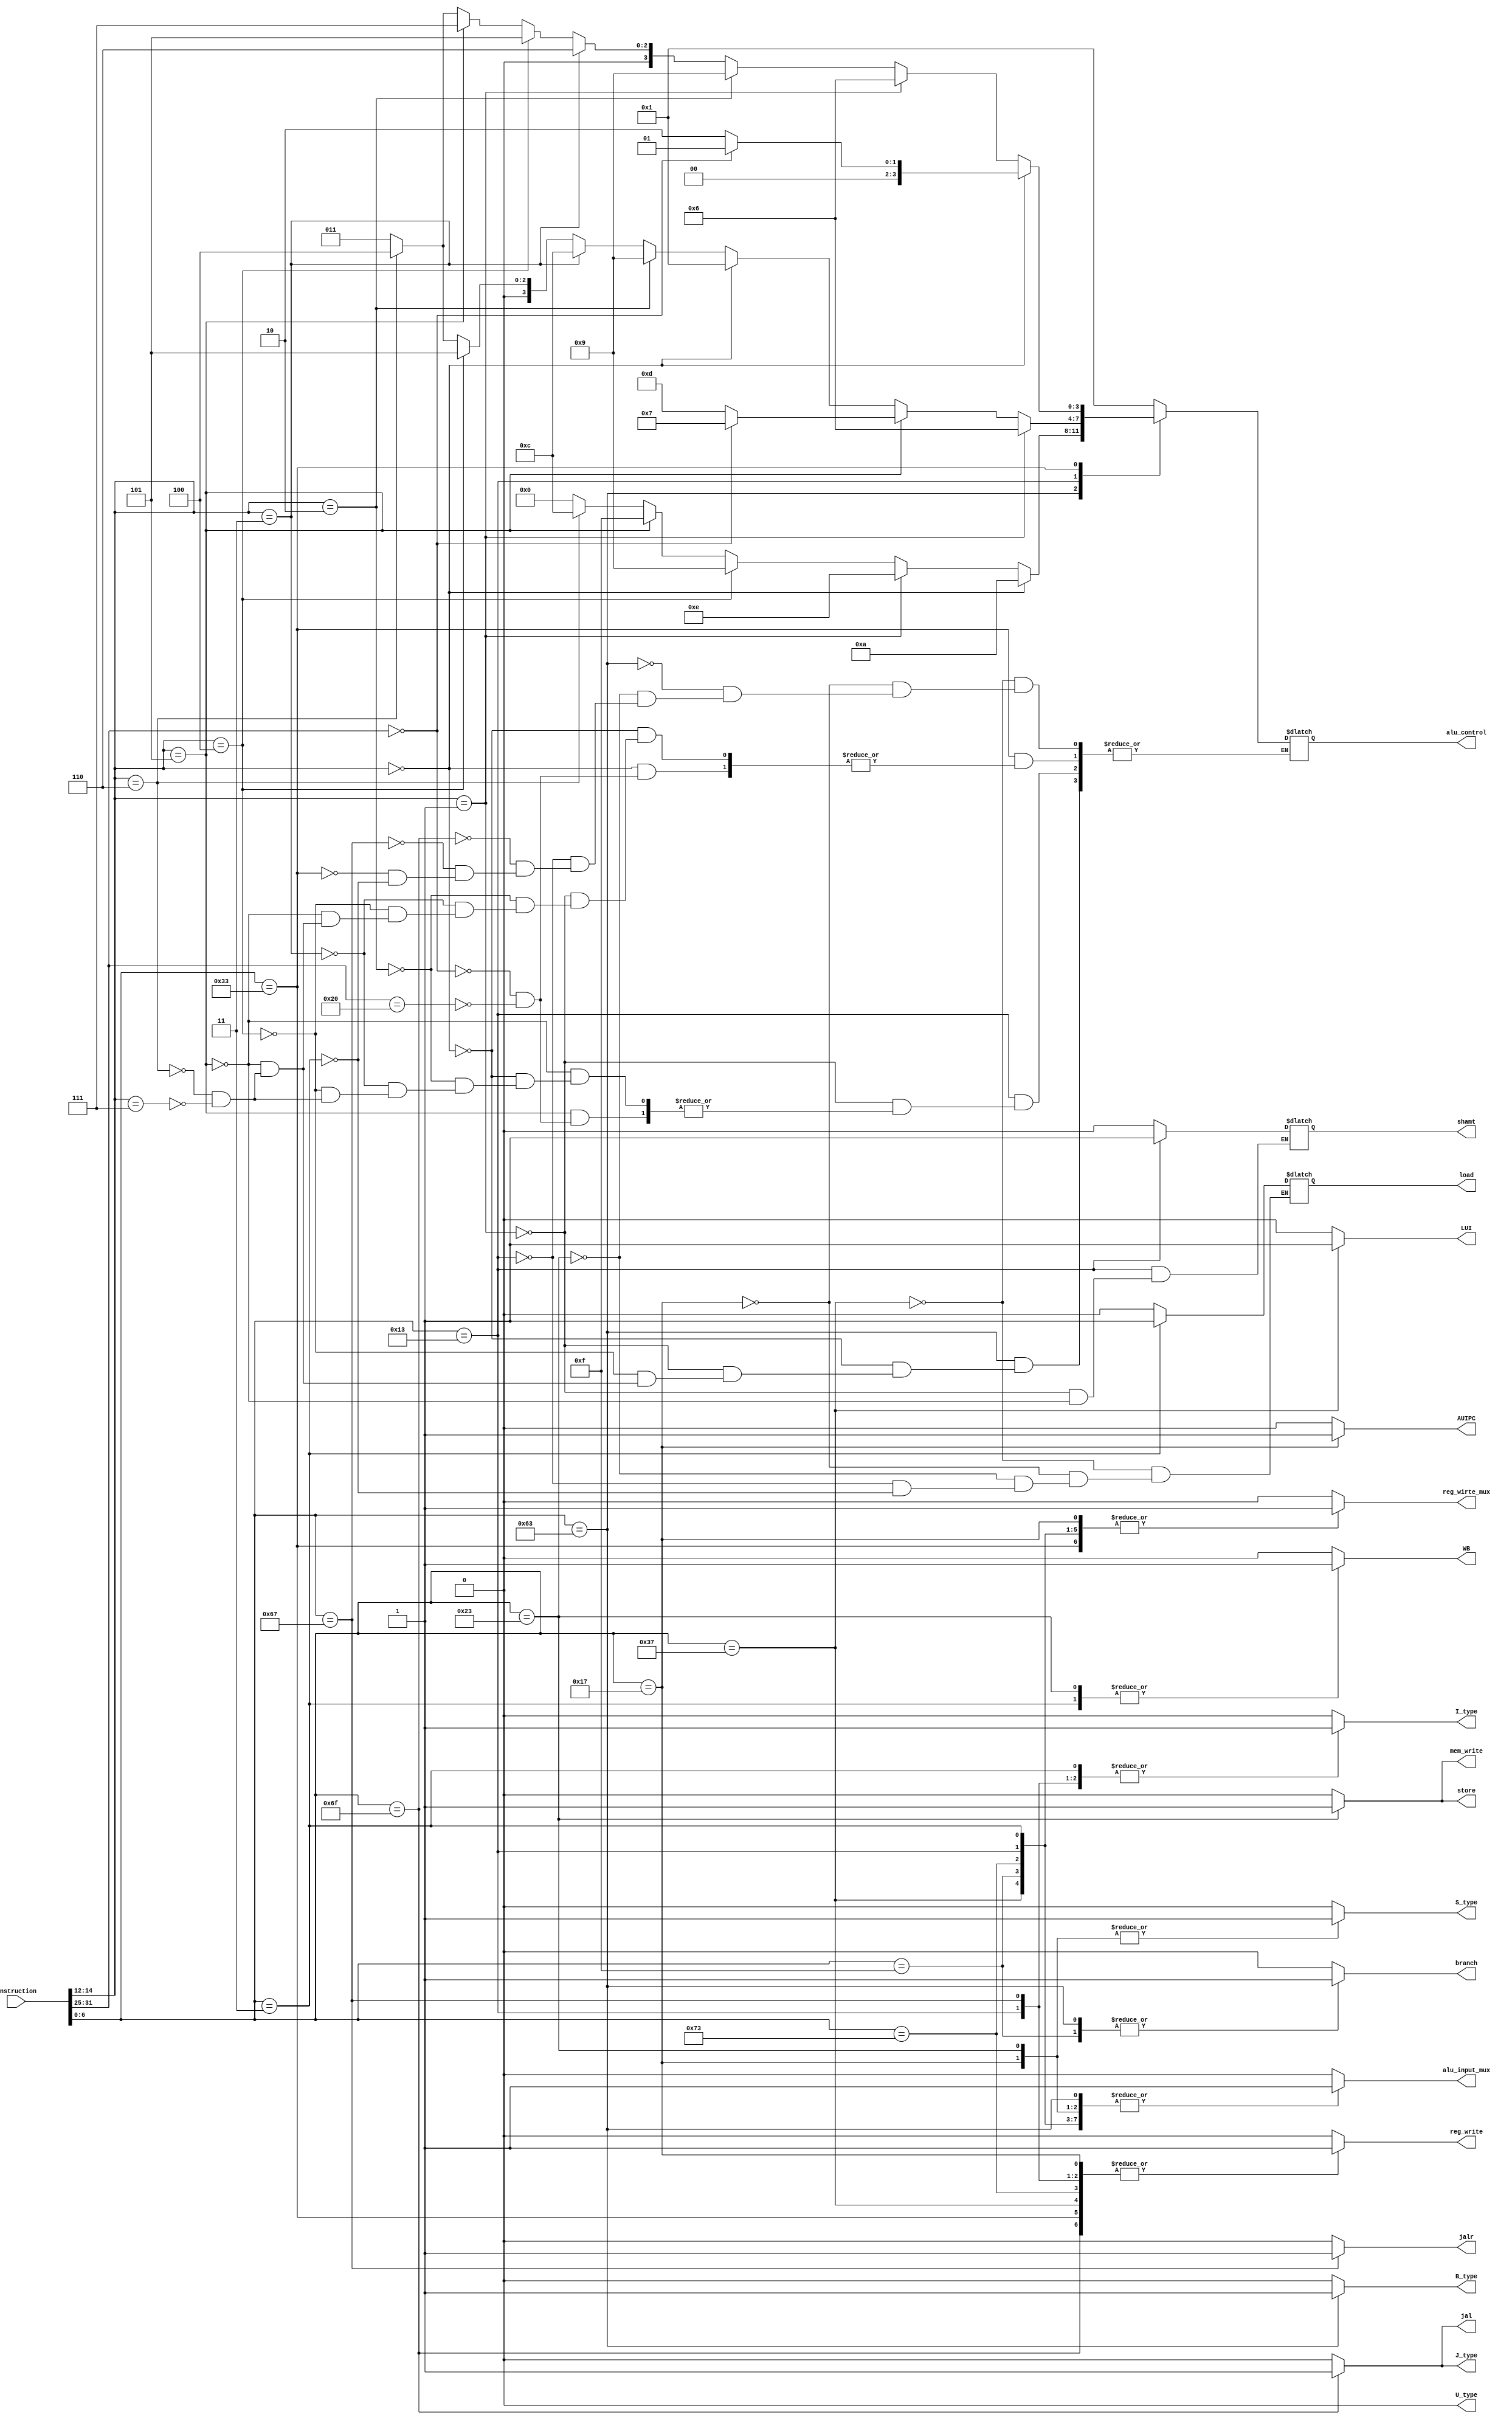
module cpu_control 
(
input [31:0] instruction,

output reg branch= 0,
output reg WB= 0,    // write back
output reg jal= 0,     //  jump  
output reg jalr= 0,
output reg reg_write= 0,    // register   
output reg reg_wirte_mux= 0,  // register  write      
output reg mem_write= 0,      // we 
output reg alu_input_mux= 0,   // alu   
output reg store= 0,
output reg load = 0,
//output reg useoffset = 0,
output reg I_type= 0,
output reg S_type= 0,
output reg B_type= 0,
output reg U_type= 0,
output reg J_type= 0,
output reg shamt = 0,
output reg LUI = 0,
output reg AUIPC = 0,


output reg[3:0] alu_control = 4'b0000

);

wire[6:0] opcode;
wire[6:0] funct7;
wire[2:0] funct3;  

// opcode 
localparam LUI_opcode = 7'b0110111 ;
localparam AUIPC_opcode = 7'b0010111 ;
localparam BRANCH = 7'b1100011 ;
localparam STORE = 7'b0100011 ;
localparam IMMADIATE = 7'b0010011;
localparam JAL = 7'b1101111 ;
localparam JALR = 7'b1100111 ;
localparam NEED2var = 7'b0110011 ;   // rd  
localparam LOAD = 7'b0000011 ;
localparam FENCE = 7'b0001111 ;
localparam CSR_group = 7'b1110011 ;


assign opcode = instruction [6:0] ;
assign funct7  = instruction [31:25] ;
assign funct3 = instruction [14:12] ; 

always @ (*) begin 

	case(opcode) 

		LUI_opcode : begin 
			branch<= 0;
			WB<= 0;    // write back
			jal<= 0;     //  jump  
			jalr<= 0;
			reg_write<= 1;    // register   
			reg_wirte_mux<= 1;  // register  write       for jal 
			mem_write<= 0;      // we 
			alu_input_mux<= 1;   // alu   
			store<= 0;
			load <= 0;
			//useoffset <= 0;
			I_type<= 0;
			S_type<= 0;
			B_type<= 0;
			U_type<= 0;
			J_type<= 0;
			shamt <= 0;
			LUI <= 1;
			AUIPC <= 0;
			
			
			alu_control <= 4'b0001;
		end 

		AUIPC_opcode : begin 
			branch<= 0;
			WB<= 0;    // write back
			jal<= 0;     //  jump  
			jalr<= 0;
			reg_write<= 1;    // register   
			reg_wirte_mux<= 1;  // register  write       for jal 
			mem_write<= 0;      // we 
			alu_input_mux<= 1;   // alu   
			store<= 0;
			load <= 0;
			//useoffset <= 0;
			I_type<= 0;
			S_type<= 1;
			B_type<= 0;
			U_type<= 0;
			J_type<= 0;
			shamt <= 0;
			LUI <= 0 ;
			AUIPC <= 1;
			
			alu_control <= 4'b0001;
		end 

		BRANCH :  begin  
			branch<= 1;
			WB<= 0;    // write back
			jal<= 0;     //  jump  
			jalr<= 0;
			reg_write<= 0;    // register   
			reg_wirte_mux<= 0;  // register  write      for jal  
			mem_write<= 0;      // we 
			alu_input_mux<= 1;   // alu   
			store<= 0;
			//useoffset <= 1;
			I_type<= 0;
			S_type<= 0;
			B_type<= 1;
			U_type<= 0;
			J_type<= 0;
			shamt <= 0;
			LUI <= 0 ;
			AUIPC <= 0;
			
			if(funct3 == 3'b000)  begin   //  BEQ
			alu_control <= 4'b1010;
			end 
			else if (funct3 == 3'b001) begin  // BNE
			alu_control <= 4'b1110;
			end 
			else if (funct3 == 3'b100) begin    // BLT
			alu_control <= 4'b1001;
			end 
			else if (funct3 == 3'b101) begin  // BGE
			alu_control <= 4'b1111;
			end 
			else if (funct3 == 3'b110 ) begin  // BLTU 
			alu_control <= 4'b1100;
			end 
			else if (funct3 == 3'b111) begin  // BGEU
			alu_control <= 4'b0000;
			end 
		
		end

		STORE : begin 
			branch<= 0;
			WB<= 1;    // write back
			jal<= 0;     //  jump  
			jalr<= 0;
			reg_write<= 0;    // register   
			reg_wirte_mux<= 0;  // register  write       for jal 
			mem_write<= 1;      // we 
			alu_input_mux<= 1;   // alu   
			store<= 1;
			load <= 0;
			//useoffset <= 0;
			I_type<= 0;
			S_type<= 1;
			B_type<= 0;
			U_type<= 0;
			J_type<= 0;
			shamt <= 0;
			LUI <= 0 ;
			AUIPC <= 0;
			
			alu_control <= 4'b0001;
		end  

		IMMADIATE : begin
			branch<= 0;
			WB<= 0;    // write back
			jal<= 0;     //  jump  
			jalr<= 0;
			reg_write<= 1;    // register   
			reg_wirte_mux<= 1;  // register  write  for jal      
			mem_write<= 0;      // we 
			alu_input_mux<= 1;   // alu   
			store<= 0;
			load <= 0;
			//useoffset <= 0;
			I_type<= 1;
			S_type<= 0;
			B_type<= 0;
			U_type<= 0;
			J_type<= 0;
			LUI <= 0 ;
			AUIPC <= 0;
			
			
			if (funct3 == 3'b001 ) begin //  SLLI 
			shamt <= 1;	 		
			alu_control <= 4'b0110;
			end 
			
			else if (funct3 == 3'b101 ) begin 
			shamt <= 1;	 		
				if (funct7 == 7'b0000000) begin  // SRLI
				alu_control <= 4'b0111;
				end 
				else if (funct7 == 7'b0100000) begin // SRAI
				alu_control <= 4'b1101 ;
				end 
			end 
			
			else if (funct3 == 3'b000) begin   // ADDI
			alu_control <= 4'b0001;
			end 
			else if (funct3 == 3'b010) begin  // SLTI
			alu_control <= 4'b1001;
			end
			else if (funct3 == 3'b011) begin  // SLTIU
			alu_control <= 4'b1100;
			end 
			else if (funct3 == 3'b100) begin  // XORI
			alu_control <= 4'b0101;
			end 
			else if (funct3 == 3'b110) begin   // ORI
			alu_control <= 4'b0100;
			end 
			else if (funct3 == 3'b111) begin   // ANDI
			alu_control <= 4'b0011;
			end 
			


		end 

		JAL : begin
			branch<= 0;
			WB<= 0;    // write back
			jal<= 1;     //  jump  
			jalr<= 0;
			reg_write<= 1;    // register   
			reg_wirte_mux<= 0;  // register  write   for jal    
			mem_write<= 0;      // we 
			alu_input_mux<= 0;   // alu   
			store<= 0;
			//useoffset <= 0;
			I_type<= 0;
			S_type<= 0;
			B_type<= 0;
			U_type<= 0;
			J_type<= 1;
			shamt <= 0;
			LUI <= 0 ;
			LUI <= 0 ;
			AUIPC <= 0;
			
			
			alu_control <= 4'b0001;  //     don't care
		end 

		JALR : begin
			branch<= 0;
			WB<= 0;    // write back
			jal<= 0;     //  jump  
			jalr<= 1;
			reg_write<= 1;    // register   
			reg_wirte_mux<= 0;  // register  write   for jal     
			mem_write<= 0;      // we 
			alu_input_mux<= 0 ;   // alu   
			store<= 0;
			//useoffset <= 0;
			I_type<= 1;
			S_type<= 0;
			B_type<= 0;
			U_type<= 0;
			J_type<= 0;
			shamt <= 0;
			LUI <= 0 ;
			AUIPC <= 0;
			
			alu_control <= 4'b0001;
		end 

		NEED2var : begin
			branch<= 0;
			WB<= 0;    // write back
			jal<= 0;     //  jump  
			jalr<= 0;
			reg_write<= 1;    // register   
			reg_wirte_mux<= 1;  // register  write     for jal   
			mem_write<= 0;      // we 
			alu_input_mux<= 0;   // alu   
			store<= 0;
			//useoffset <= 0;
			I_type<= 0;     //   R
			S_type<= 0;
			B_type<= 0;
			U_type<= 0;
			J_type<= 0;
			shamt <= 0;
			LUI <= 0 ;
			AUIPC <= 0;
			
			if(funct3 == 3'b000) begin
				if(funct7 == 7'b0000000) begin  // ADD
				alu_control <= 4'b0001;
				end 
				else if(funct7 == 7'b0100000) begin  //SUB
				alu_control <= 4'b00010;
				end 	
			end 
			else if (funct3 == 3'b001 ) begin //SLL
			alu_control <= 4'b0110; 
			end 
			else if (funct3 == 3'b010 ) begin  // SLT
			alu_control <= 4'b1001;
			end 
			else if (funct3 == 3'b011 ) begin  // SLTU
			alu_control <= 4'b0110;
			end
			else if (funct3 == 3'b100) begin  // XOR
			alu_control <= 4'b0101;    
			end 
			else if (funct3 == 3'b101) begin  // SRL
			alu_control <= 4'b0111;    
			end 
			else if (funct3 == 3'b101) begin  // SRA
			alu_control <= 4'b1101;    
			end 
			else if(funct3 == 3'b110) begin // OR
			alu_control <= 4'b0100;
			end 
			else if(funct3 == 3'b111) begin // AND 
			alu_control <= 4'b0011;
			end 
			

		end 

		LOAD : begin
			branch<= 0;
			WB<= 1;    // write back
			jal<= 0;     //  jump  
			jalr<= 0;
			reg_write<= 0;    // register   
			reg_wirte_mux<= 1;  // register  write      for jal  
			mem_write<= 0;      // we 
			alu_input_mux<= 1;   // alu   
			store<= 0;
			load <= 1;
			//useoffset <= 0;
			I_type<= 1;
			S_type<= 0;
			B_type<= 0;
			U_type<= 0;
			J_type<= 0;
			shamt <= 0;
			LUI <= 0 ;
			AUIPC <= 0;
			
			
			alu_control <= 4'b0001;
		end 

		FENCE : begin
			branch<= 1;
			WB<= 0;    // write back
			jal<= 0;     //  jump  
			jalr<= 0;
			reg_write<= 0;    // register   
			reg_wirte_mux<= 1;  // register  write       for jal 
			mem_write<= 0;      // we 
			alu_input_mux<= 1;   // alu   
			store<= 0;
			//useoffset <= 0;
			I_type<= 0;
			S_type<= 0;
			B_type<= 0;
			U_type<= 0;
			J_type<= 0;
			shamt <= 0;
			LUI <= 0 ;
			AUIPC <= 0;
			
		end 

		CSR_group : begin
			branch<= 0;
			WB<= 0;    // write back
			jal<= 0;     //  jump  
			jalr<= 0;
			reg_write<= 1;    // register   
			reg_wirte_mux<= 1;  // register  write       for jal 
			mem_write<= 0;      // we 
			alu_input_mux<= 1;   // alu   
			store<= 0;
			//useoffset <= 0;
			I_type<= 0;
			S_type<= 0;
			B_type<= 0;
			U_type<= 0;
			J_type<= 0;
			shamt <= 0;
			LUI <= 0 ;
			AUIPC <= 0;
			
		end 

		default begin 
			branch<= 0;
			WB<= 0;    // write back
			jal<= 0;     //  jump  
			jalr<= 0;
			reg_write<= 0;    // register   
			reg_wirte_mux<= 0;  // register  write       for jal 
			mem_write<= 0;      // we 
			alu_input_mux<= 0;   // alu   
			store<= 0;
			//useoffset <= 0;
			I_type<= 0;
			S_type<= 0;
			B_type<= 0;
			U_type<= 0;
			J_type<= 0;
			shamt <= 0;
			LUI <= 0 ;
			AUIPC <= 0;
			
		end 


	endcase 

end 





endmodule